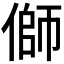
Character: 𪝜